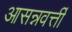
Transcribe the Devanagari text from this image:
आसन्नवर्त्ती